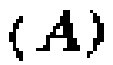
\((A)\)